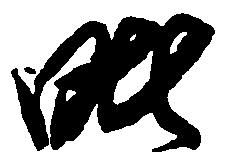
毘